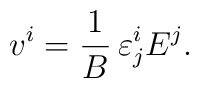
v^i=\frac{1}{B}\,\varepsilon^i_jE^j.